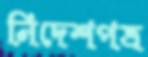
নিদেশপত্র